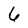
Character: 6